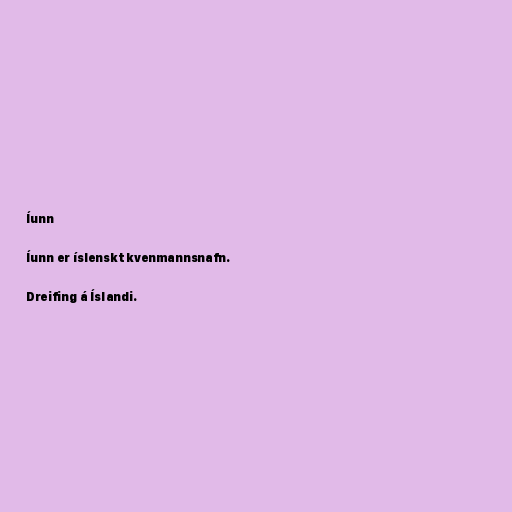
Íunn

Íunn er íslenskt kvenmannsnafn.

Dreifing á Íslandi.